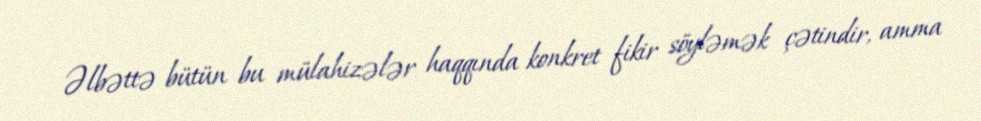
Əlbəttə bütün bu mülahizələr haqqında konkret fikir söyləmək çətindir, amma